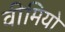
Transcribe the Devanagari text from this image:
वीमियो